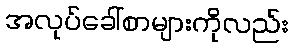
အလုပ်ခေါ်စာများကိုလည်း